Calcutta medical institutions reports 1871-78
Year: 1871
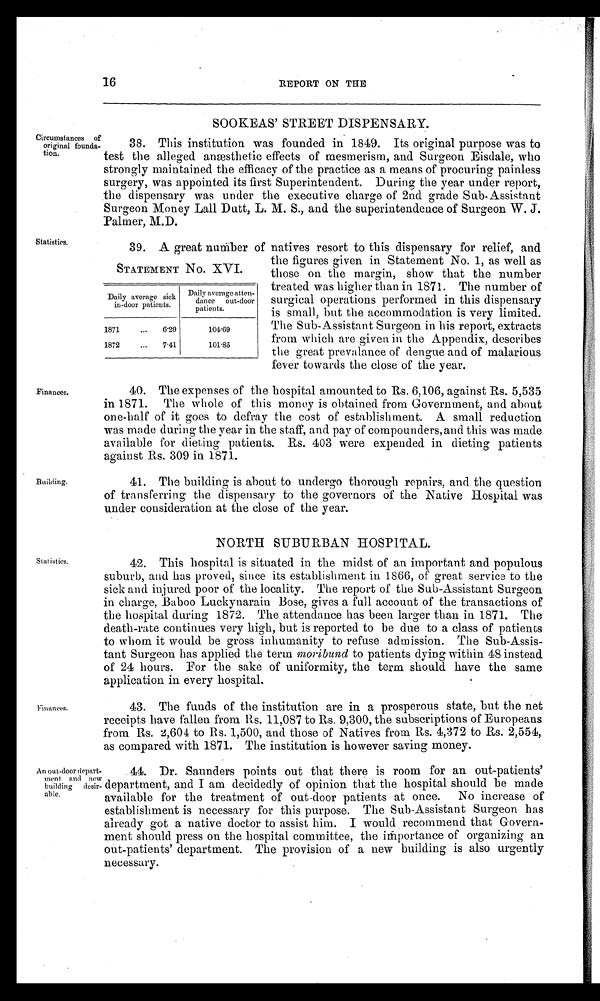
16
REPORT ON THE
SOOKEAS' STREET DISPENSARY.
Circumstances of
original founda-
tion.
38. This institution was founded in 1849. Its original purpose was to
test the alleged anæsthetic effects of mesmerism, and Surgeon Eisdale, who
strongly maintained the efficacy of the practice as a means of procuring painless
surgery, was appointed its first Superintendent. During the year under report,
the dispensary was under the executive charge of 2nd grade Sub-Assistant
Surgeon Money Lall Dutt, L. M. S., and the superintendence of Surgeon W. J.
Palmer. M.D.
Statistics.
Finances.
Building.
39. A great number of natives resort to this dispensary for relief, and
the figures given in Statement No. 1, as well as
those on the margin, show that the number
treated was higher than in 1871. The number of
surgical operations performed in this dispensary
is small, but the accommodation is very limited.
The Sub-Assistant Surgeon in his report, extracts
from which are given in the Appendix, describes
the great prevalance of dengue and of malarious
fever towards the close of the year.
40. The expenses of the hospital amounted to Rs. 6,106, against Rs. 5,535
in 1871. The whole of this money is obtained from Government, and about
one-half of it goes to defray the cost of establishment. A small reduction
was made during the year in the staff, and pay of compounders, and this was made
available for dieting patients. Rs. 403 were expended in dieting patients
against Rs. 309 in 1871.
41. The building is about to undergo thorough repairs, and the question
of transferring the dispensary to the governors of the Native Hospital was
under consideration at the close of the year.
STATEMENT No. XVI.
Daily average sick
in-door patients.
D a i l y a v e r a g e a t t e n - d a n c e o u t - d o o r p a t i e n t s .
1871
...
0.29
104.09
1872
...
7.41
101.85
NORTH SUBURBAN HOSPITAL.
Statistics.
Finances.
42. This hospital is situated in the midst of an important and populous
suburb, and has proved, since its establishment in 1866, of great service to the
sick and injured poor of the locality. The report of the Sub-Assistant Surgeon
in charge, Baboo Luckynarain Bose, gives a full account of the transactions of
the hospital during 1872. The attendance has been larger than in 1871. The
death-rate continues very high, but is reported to be due to a class of patients
to whom it would be gross inhumanity to refuse admission. The Sub-Assis-
tant Surgeon has applied the term moribund to patients dying within 48 instead
of 24 hours. For the sake of uniformity, the term should have the same
application in every hospital.
43. The funds of the institution are in a prosperous state, but the net
receipts have fallen from. Rs. 11,087 to Rs. 9,300, the subscriptions of Europeans
from Rs. 2,604 to Rs. 1,500, and those of Natives from Rs. 4,372 to Rs. 2,554,
as compared with 1871. The institution is however saving money.
An out-door depart-
ment and new
building
desir-able.
44. Dr. Saunders points out that there is room for an out-patients'
department, and I am decidedly of opinion that the hospital should be made
available for the treatment of out-door patients at once. No increase of
establishment is necessary for this purpose. The Sub-Assistant Surgeon has
already got a native doctor to assist him. I would recommend that Govern-
ment should press on the hospital committee, the importance of organizing an
out-patients' department. The provision of a new building is also urgently
necessary.